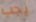
يجب